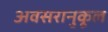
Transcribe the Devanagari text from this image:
अवसरानुकूल